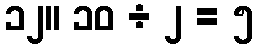
၁၂။ ၁၀ ÷ ၂ = ၅